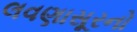
લવણાસૂરનો